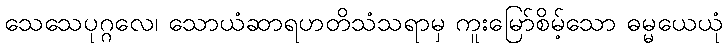
သေသေပုဂ္ဂလေ၊ သောယံဆာရဟတိသံသရာမှ ကူးမြော်စိမ့်သော ဓမ္မယေယုံ